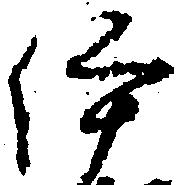
伊